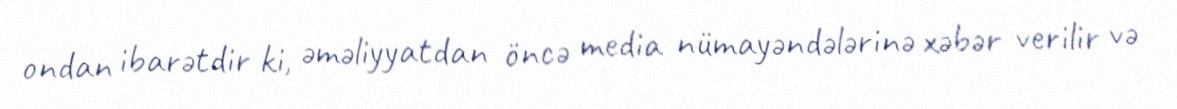
ondan ibarətdir ki, əməliyyatdan öncə media nümayəndələrinə xəbər verilir və